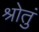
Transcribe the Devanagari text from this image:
श्रोतुं